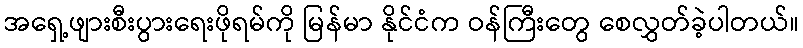
အရှေ့ဖျားစီးပွားရေးဖိုရမ်ကို မြန်မာ နိုင်ငံက ဝန်ကြီးတွေ စေလွှတ်ခဲ့ပါတယ်။